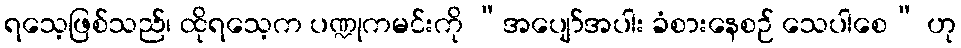
ရသေ့ဖြစ်သည်၊ ထိုရသေ့က ပဏ္ဍုကမင်းကို “အပျော်အပါး ခံစားနေစဉ် သေပါစေ” ဟု